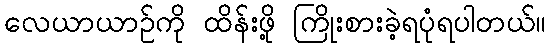
လေယာယာဉ်ကို ထိန်းဖို့ ကြိုးစားခဲ့ရပုံရပါတယ်။